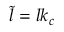
\tilde { l } = l k _ { c }